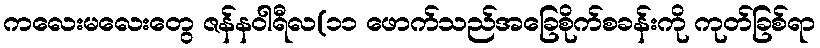
ကလေးမလေးတွေ ဇန်နဝါရီလ(၁၁ ဖောက်သည်အခြေစိုက်စခန်းကို ကုတ်ခြစ်ရာ